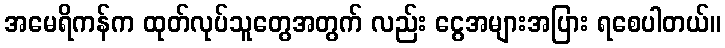
အမေရိကန်က ထုတ်လုပ်သူတွေအတွက် လည်း ငွေအများအပြား ရစေပါတယ်။